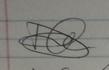
Signature authenticity: forged